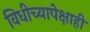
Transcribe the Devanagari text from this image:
विधीच्यापेक्षाही